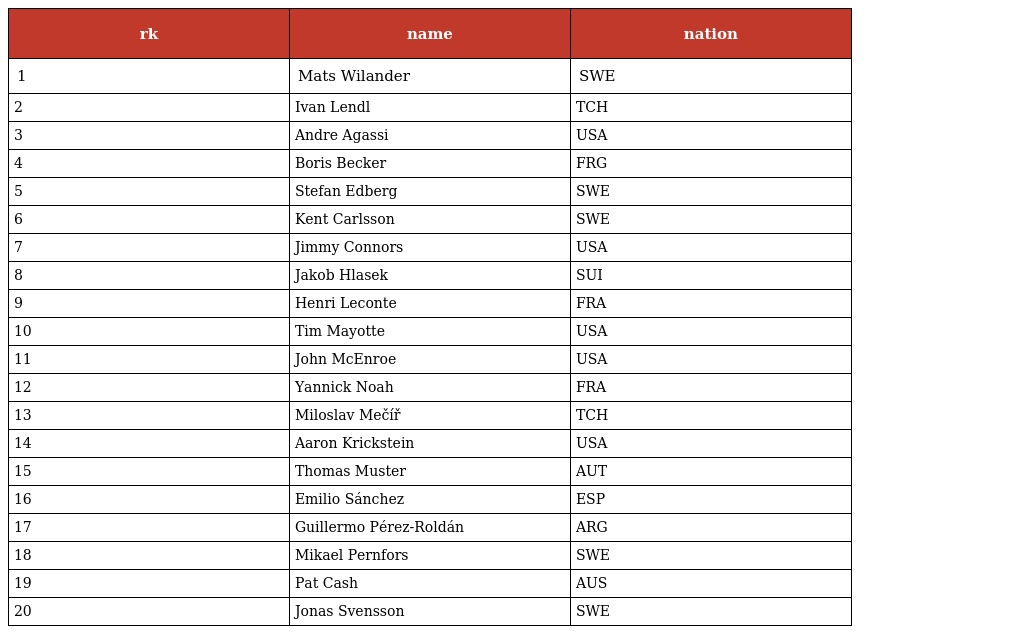
| rk | name | nation |
 | --- | --- | --- |
 | 1 | Mats Wilander | SWE |
 | 2 | Ivan Lendl | TCH |
 | 3 | Andre Agassi | USA |
 | 4 | Boris Becker | FRG |
 | 5 | Stefan Edberg | SWE |
 | 6 | Kent Carlsson | SWE |
 | 7 | Jimmy Connors | USA |
 | 8 | Jakob Hlasek | SUI |
 | 9 | Henri Leconte | FRA |
 | 10 | Tim Mayotte | USA |
 | 11 | John McEnroe | USA |
 | 12 | Yannick Noah | FRA |
 | 13 | Miloslav Mečíř | TCH |
 | 14 | Aaron Krickstein | USA |
 | 15 | Thomas Muster | AUT |
 | 16 | Emilio Sánchez | ESP |
 | 17 | Guillermo Pérez-Roldán | ARG |
 | 18 | Mikael Pernfors | SWE |
 | 19 | Pat Cash | AUS |
 | 20 | Jonas Svensson | SWE |